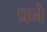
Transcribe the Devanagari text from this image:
प्रने